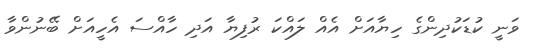
ވަނީ ކުޑަކުދިންގެ ހިޔާއަށް އެއް ލައްކަ ރުފިޔާ އަދި ހާއްސަ އެހީއަށް ބޭނުންވާ